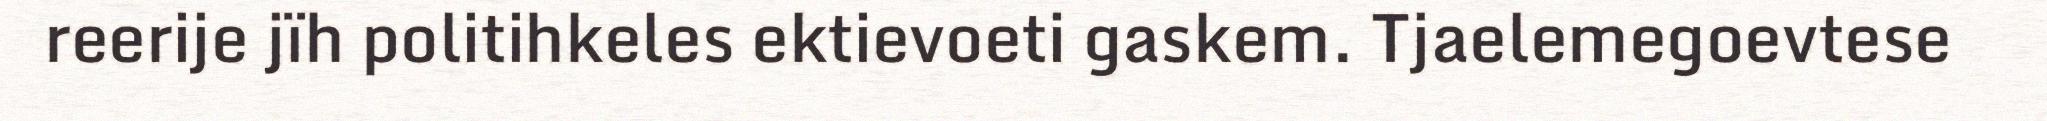
reerije jïh politihkeles ektievoeti gaskem. Tjaelemegoevtese